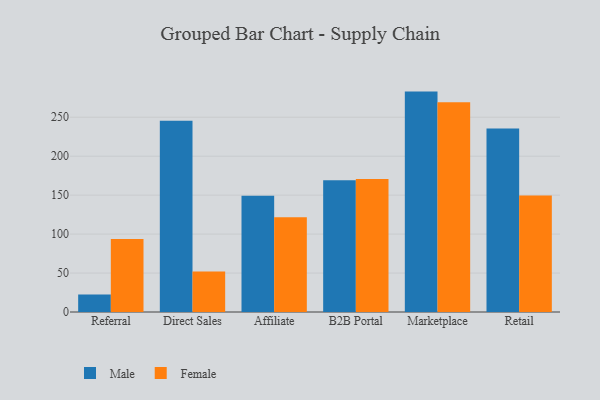
{"axis": {"x": "Channel", "y": "Bounce Rate (%)"}, "legend": ["Female", "Male"], "data": [{"x": "Referral", "y": 22.4, "type": "Male"}, {"x": "Referral", "y": 93.7, "type": "Female"}, {"x": "Direct Sales", "y": 245.4, "type": "Male"}, {"x": "Direct Sales", "y": 52.0, "type": "Female"}, {"x": "Affiliate", "y": 149.3, "type": "Male"}, {"x": "Affiliate", "y": 121.6, "type": "Female"}, {"x": "B2B Portal", "y": 169.0, "type": "Male"}, {"x": "B2B Portal", "y": 170.8, "type": "Female"}, {"x": "Marketplace", "y": 282.9, "type": "Male"}, {"x": "Marketplace", "y": 269.3, "type": "Female"}, {"x": "Retail", "y": 235.5, "type": "Male"}, {"x": "Retail", "y": 149.5, "type": "Female"}]}